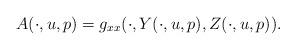
LaTeX: \begin{align*}A(\cdot,u,p)=g_{xx}(\cdot,Y(\cdot,u,p),Z(\cdot,u,p)). \end{align*}